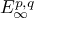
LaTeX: E _ { \infty } ^ { p , q }